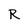
Character: R